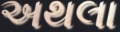
અથલા